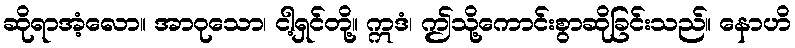
ဆိုရာအံ့လော။ အာဝုသော၊ ငါ့ရှင်တို့။ ဣဒံ၊ ဤသို့ကောင်းစွာဆိုခြင်းသည်။ နောဟိ